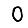
Digit: 0